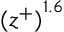
{ ( z ^ { + } ) } ^ { 1 . 6 }